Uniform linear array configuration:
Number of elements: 8
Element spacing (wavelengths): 0.5
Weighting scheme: hamming
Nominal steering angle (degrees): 45
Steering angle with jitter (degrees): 43.999
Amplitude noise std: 0.05
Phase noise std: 0.05

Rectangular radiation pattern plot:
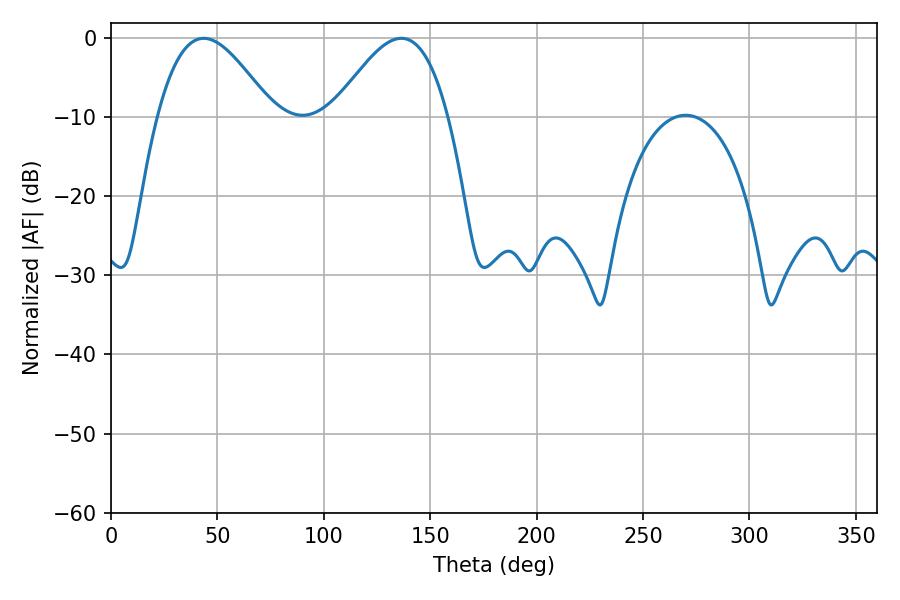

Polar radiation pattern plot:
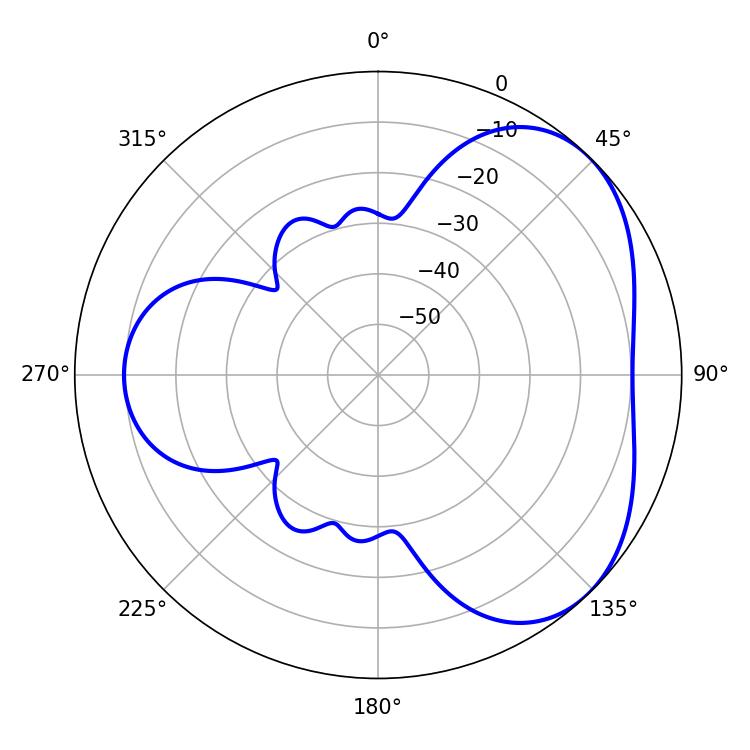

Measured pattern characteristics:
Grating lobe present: FALSE
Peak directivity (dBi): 4.143
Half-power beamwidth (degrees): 29.16
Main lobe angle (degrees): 43.56